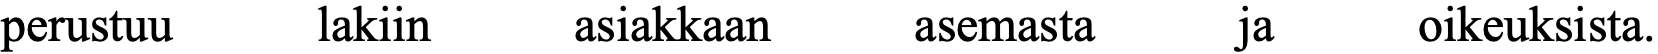
perustuu  lakiin   asiakkaan  asemasta   ja    oikeuksista.